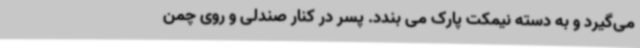
می‌گیرد و به دسته نیمکت پارک می بندد. پسر در کنار صندلی و روی چمن